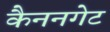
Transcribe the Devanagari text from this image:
कैननगेट